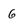
Character: 6